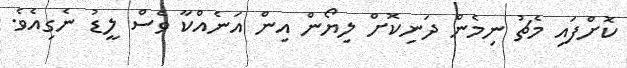
ކޮށްފައި މެޗު ނިމެން ދަނިކޮށް ލިޔޯން އިން އަނެއްކާ ވެސް ލީޑު ނެގިއެވެ.